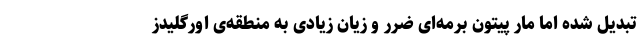
تبدیل شده اما مار پیتون برمه‌ای ضرر و زیان زیادی به منطقه‌ی اورگلیدز